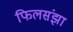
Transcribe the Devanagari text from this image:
फिलसंझा